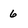
Character: 6